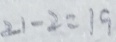
2 1 - 2 = 1 9